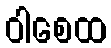
ဝါစေထ